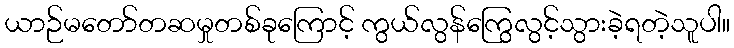
ယာဉ်မတော်တဆမှုတစ်ခုကြောင့် ကွယ်လွန်ကြွေလွင့်သွားခဲ့ရတဲ့သူပါ။